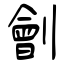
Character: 劊